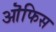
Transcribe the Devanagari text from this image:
ऒफिस